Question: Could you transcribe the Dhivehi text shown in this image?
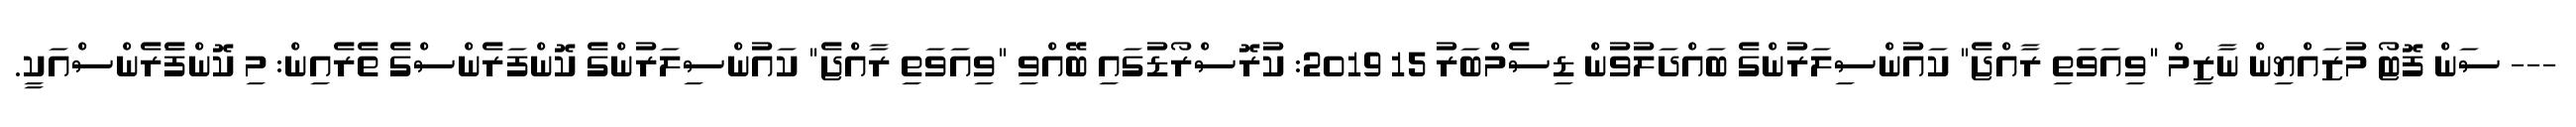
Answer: --- ސަން ފޮޓޯ މުޒައްޔިން ނާޒިމް "ވިއަވަތި ރާއްޖެ" ކައުންސިލަރުންގެ ބައްދަލުވުން ޑިސެމްބަރު 15 2019: ކުރޮސްރޯޑުގައި ބޭއްވި "ވިއަވަތި ރާއްޖެ" ކައުންސިލަރުންގެ ކޮންފަރެންސްގެ ތެރެއިން: މި ކޮންފެަރެންސްއަކީ.